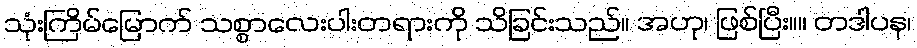
သုံးကြိမ်မြောက် သစ္စာလေးပါးတရားကို သိခြင်းသည်။ အဟု၊ ဖြစ်ပြီး။။ တဒါပန၊